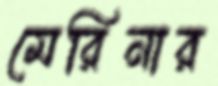
মেরিনার